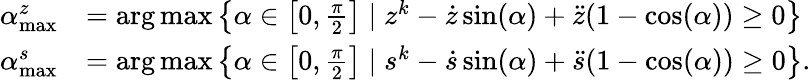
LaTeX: \begin{array}{rl}{\alpha_{\operatorname*{max}}^{z}}&{=\arg\operatorname*{max}\left\{ \alpha\in\left[0,\frac{\pi}{2}\right]\mid z^{k}-\dot{z}\sin(\alpha)+\ddot{z}(1-\cos(\alpha))\ge 0\right\} }\\ {\alpha_{\operatorname*{max}}^{s}}&{=\arg\operatorname*{max}\left\{ \alpha\in\left[0,\frac{\pi}{2}\right]\mid s^{k}-\dot{s}\sin(\alpha)+\ddot{s}(1-\cos(\alpha))\ge 0\right\} .}\end{array}